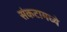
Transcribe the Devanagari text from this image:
संकटामध्ये